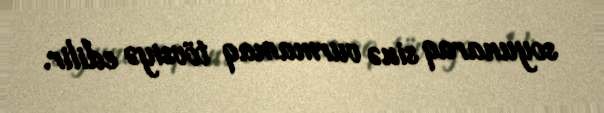
soyunaraq sinə vurmamaq tövsiyə edilir.